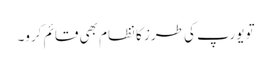
تو یورپ کی طرز کا نظام بھی قائم کرو۔